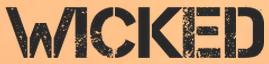
WICKED